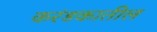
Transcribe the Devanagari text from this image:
करंडकातील